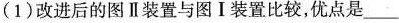
(1)改进后的图Ⅱ装置与图Ⅰ装置比较，优点是____